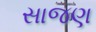
સાજણ